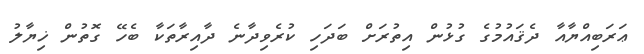
ޢަރަބިއްޔާއާ ދެޤައުމުގެ ގުޅުން އިތުރަށް ބަދަހި ކުރެވިދާނެ ދާއިރާތަކާ ބެހޭ ގޮތުން ޚިޔާލު